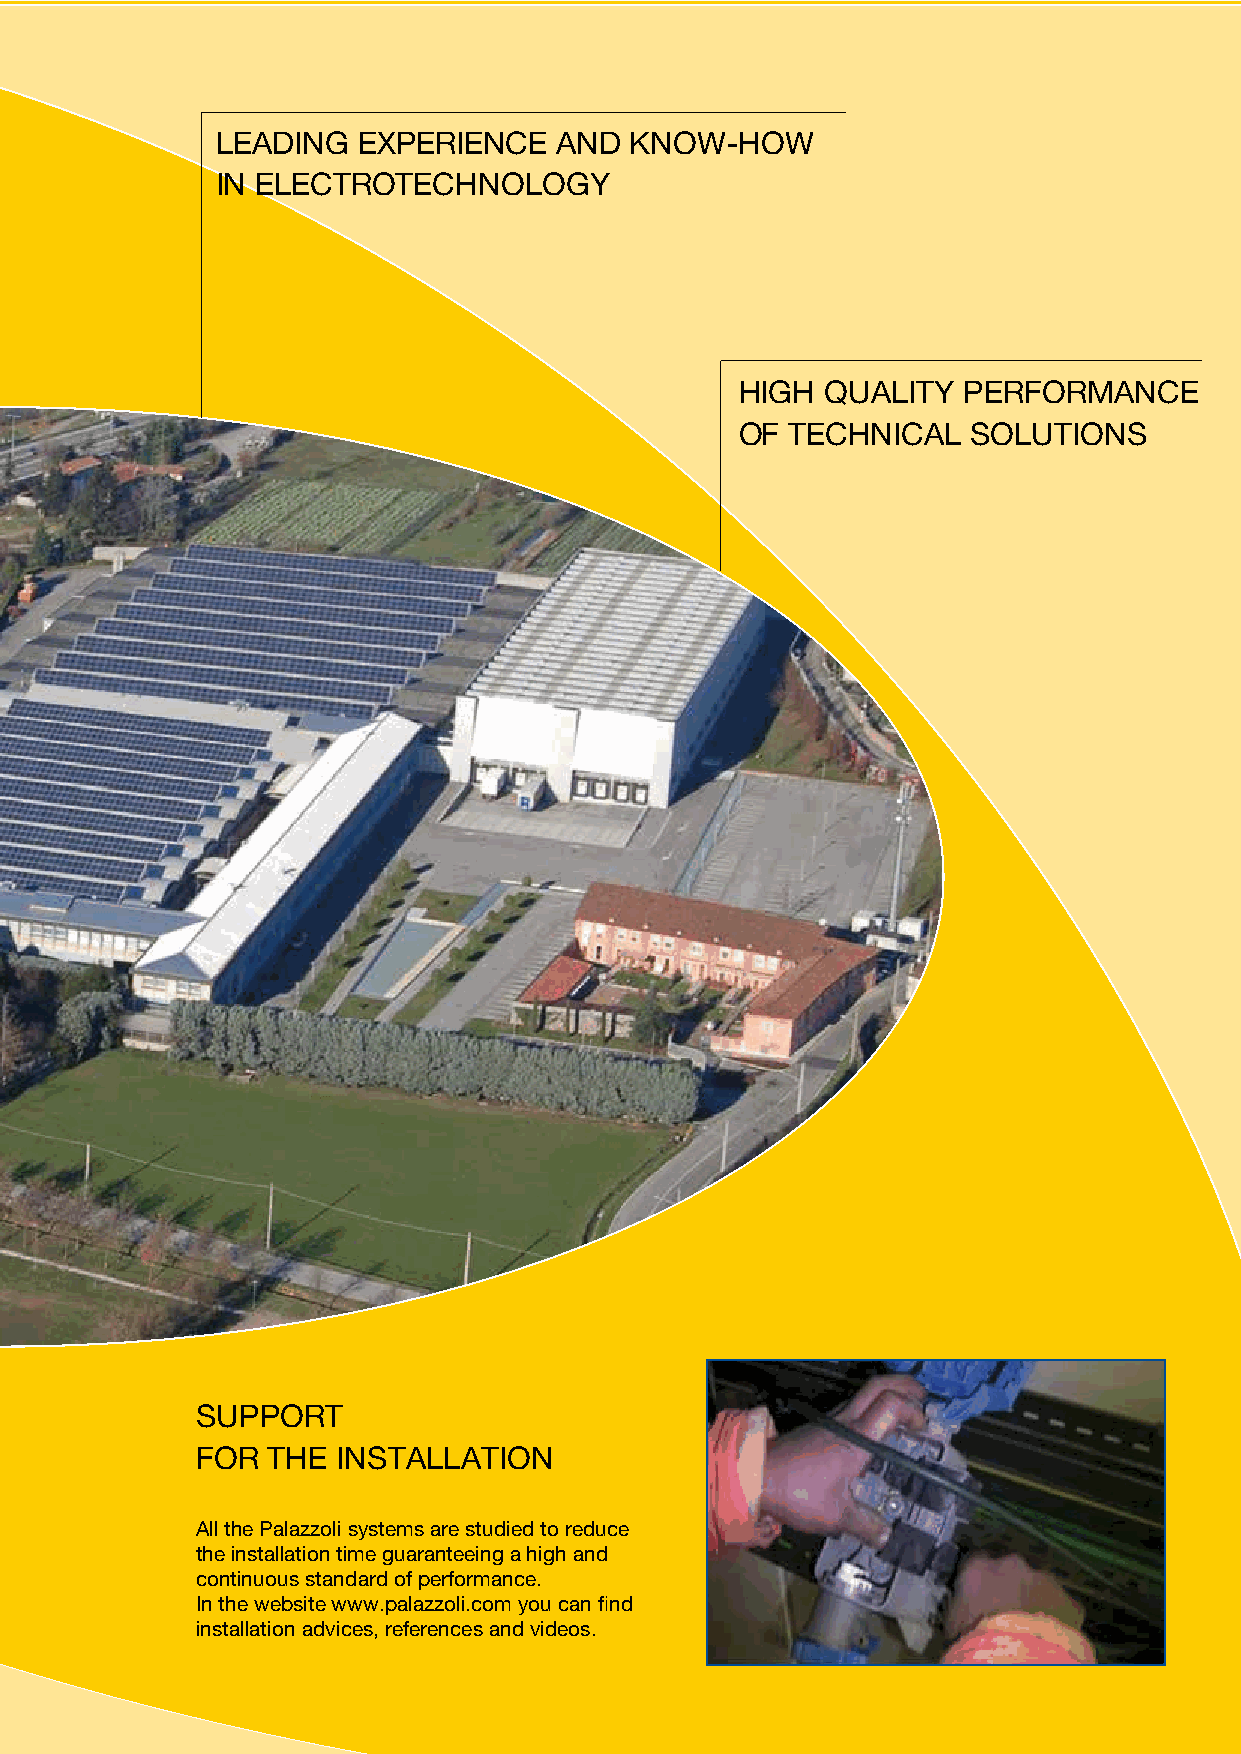
LEADING   EXPERIENCE   AND  KNOW-HOW
 IN ELECTROTECHNOLOGY
 HIGH  QUALITY  PERFORMANCE
 OF TECHNICAL   SOLUTIONS
 SUPPORT
 FOR  THE INSTALLATION
 All the Palazzoli systems are studied to reduce
 the installation time guaranteeing a high and
 continuous standard of performance.
 In the website www.palazzoli.com you can find
 installation advices, references and videos.